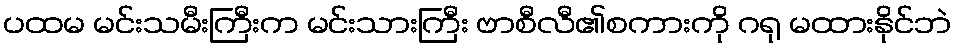
ပထမ မင်းသမီးကြီးက မင်းသားကြီး ဗာစီလီ၏စကားကို ဂရု မထားနိုင်ဘဲ